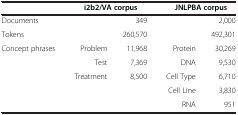
<table><thead><tr><td><b> </b></td><td><b> </b></td><td><b>i2b2/VA corpus</b></td><td><b> </b></td><td><b>JNLPBA corpus</b></td></tr></thead><tbody><tr><td>Documents</td><td colspan="2">349</td><td colspan="2">2,000</td></tr><tr><td>Tokens</td><td colspan="2">260,570</td><td colspan="2">492,301</td></tr><tr><td rowspan="5">Concept phrases</td><td>Problem</td><td>11,968</td><td>Protein</td><td>30,269</td></tr><tr><td>Test</td><td>7,369</td><td>DNA</td><td>9,530</td></tr><tr><td>Treatment</td><td>8,500</td><td>Cell Type</td><td>6,710</td></tr><tr><td> </td><td> </td><td>Cell Line</td><td>3,830</td></tr><tr><td> </td><td> </td><td>RNA</td><td>951</td></tr></tbody></table>